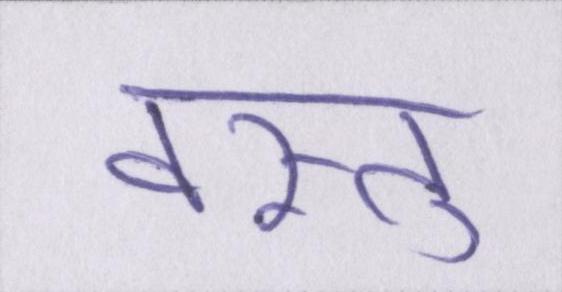
वस्तु